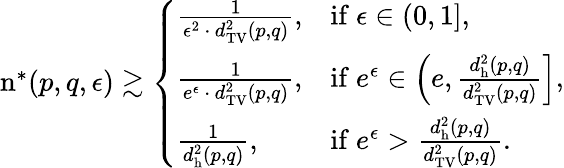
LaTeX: \begin{array}{r}{\mathrm{n}^{*}(p,q,\epsilon)\gtrsim\left\{ \begin{array}{ll}{\frac{1}{\epsilon^{2}\, \cdot\, d_{\mathrm{TV}}^{2}(p,q)},}&{\mathrm{if~}\epsilon\in(0,1],}\\ {\frac{1}{e^{\epsilon}\, \cdot\, d_{\mathrm{TV}}^{2}(p,q)},}&{\mathrm{if~}e^{\epsilon}\in\left(e,\frac{d_{\mathrm{h}}^{2}(p,q)}{d_{\mathrm{TV}}^{2}(p,q)}\right],}\\ {\frac{1}{d_{\mathrm{h}}^{2}(p,q)},}&{\mathrm{if~}e^{\epsilon}>\frac{d_{\mathrm{h}}^{2}(p,q)}{d_{\mathrm{TV}}^{2}(p,q)}.}\end{array}\right.}\end{array}